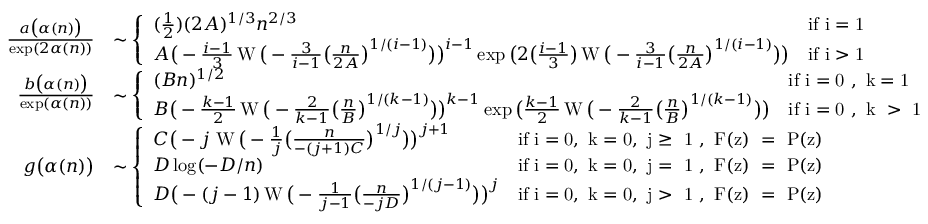
\begin{array} { r l } { \frac { a \big ( \alpha ( n ) \big ) } { \exp ( 2 \alpha ( n ) ) } } & { \sim \left\{ \begin{array} { l l } { ( \frac { 1 } { 2 } ) ( 2 A ) ^ { 1 / 3 } n ^ { 2 / 3 } } & { \mathrm { i f ~ i = 1 ~ } } \\ { A \big ( - \frac { i - 1 } { 3 } \operatorname { W } \big ( - \frac { 3 } { i - 1 } \big ( \frac { n } { 2 A } \big ) ^ { 1 / ( i - 1 ) } \big ) \big ) ^ { i - 1 } \exp \big ( 2 \big ( \frac { i - 1 } { 3 } \big ) \operatorname { W } \big ( - \frac { 3 } { i - 1 } \big ( \frac { n } { 2 A } \big ) ^ { 1 / ( i - 1 ) } \big ) \big ) } & { \mathrm { i f ~ i > 1 ~ } } \end{array} \right. } \\ { \frac { b \big ( \alpha ( n ) \big ) } { \exp ( \alpha ( n ) ) } } & { \sim \left\{ \begin{array} { l l } { ( B n ) ^ { 1 / 2 } } & { \mathrm { i f ~ i = 0 ~ , ~ k = 1 ~ } } \\ { B \big ( - \frac { k - 1 } { 2 } \operatorname { W } \big ( - \frac { 2 } { k - 1 } \big ( \frac { n } { B } \big ) ^ { 1 / ( k - 1 ) } \big ) \big ) ^ { k - 1 } \exp \big ( \frac { k - 1 } { 2 } \operatorname { W } \big ( - \frac { 2 } { k - 1 } \big ( \frac { n } { B } \big ) ^ { 1 / ( k - 1 ) } \big ) \big ) } & { \mathrm { i f ~ i = 0 ~ , ~ k ~ > ~ 1 ~ } } \end{array} \right. } \\ { g \big ( \alpha ( n ) \big ) } & { \sim \left\{ \begin{array} { l l } { C \big ( - j \! \ \operatorname { W } \big ( - \frac { 1 } { j } \big ( \frac { n } { - ( j + 1 ) C } \big ) ^ { 1 / j } \big ) \big ) ^ { j + 1 } } & { \mathrm { i f ~ i = 0 , ~ k = 0 , ~ j \geq ~ 1 ~ , ~ F ( z ) ~ = ~ P ( z ) ~ } } \\ { D \log ( { - D / n } ) } & { \mathrm { i f ~ i = 0 , ~ k = 0 , ~ j = ~ 1 ~ , ~ F ( z ) ~ = ~ P ( z ) ~ } } \\ { D \big ( - ( j - 1 ) \operatorname { W } \big ( - \frac { 1 } { j - 1 } \big ( \frac { n } { - j D } \big ) ^ { 1 / ( j - 1 ) } \big ) \big ) ^ { j } } & { \mathrm { i f ~ i = 0 , ~ k = 0 , ~ j > ~ 1 ~ , ~ F ( z ) ~ = ~ P ( z ) ~ } } \end{array} \right. } \end{array}